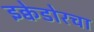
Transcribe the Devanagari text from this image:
इक्वेडोरचा